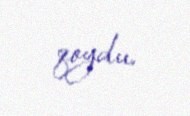
qoydu.